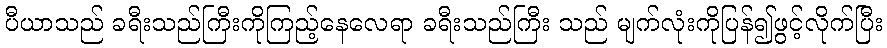
ပီယာသည် ခရီးသည်ကြီးကိုကြည့်နေလေရာ ခရီးသည်ကြီး သည် မျက်လုံးကိုပြန်၍ဖွင့်လိုက်ပြီး